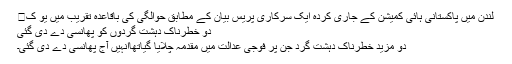
لندن میں پاکستانی ہائی کمیشن کے جاری کردہ ایک سرکاری پریس بیان کے مطابق حوالگی کی باقاعدہ تقریب میں یو ک�
دو خطرناک دہشت گردوں کو پھانسی دے دی گئی
دو مزید خطرناک دہشت گرد جن پر فوجی عدالت میں مقدمہ چلایا گیاتھاانہیں آج پھانسی دے دی گئی۔